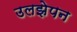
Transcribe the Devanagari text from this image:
उलझेपन